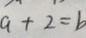
a + 2 = b